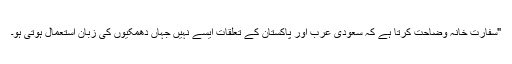
"سفارت خانہ وضاحت کرتا ہے کہ سعودی عرب اور پاکستان کے تعلقات ایسے نہیں جہاں دھمکیوں کی زبان استعمال ہوتی ہو۔